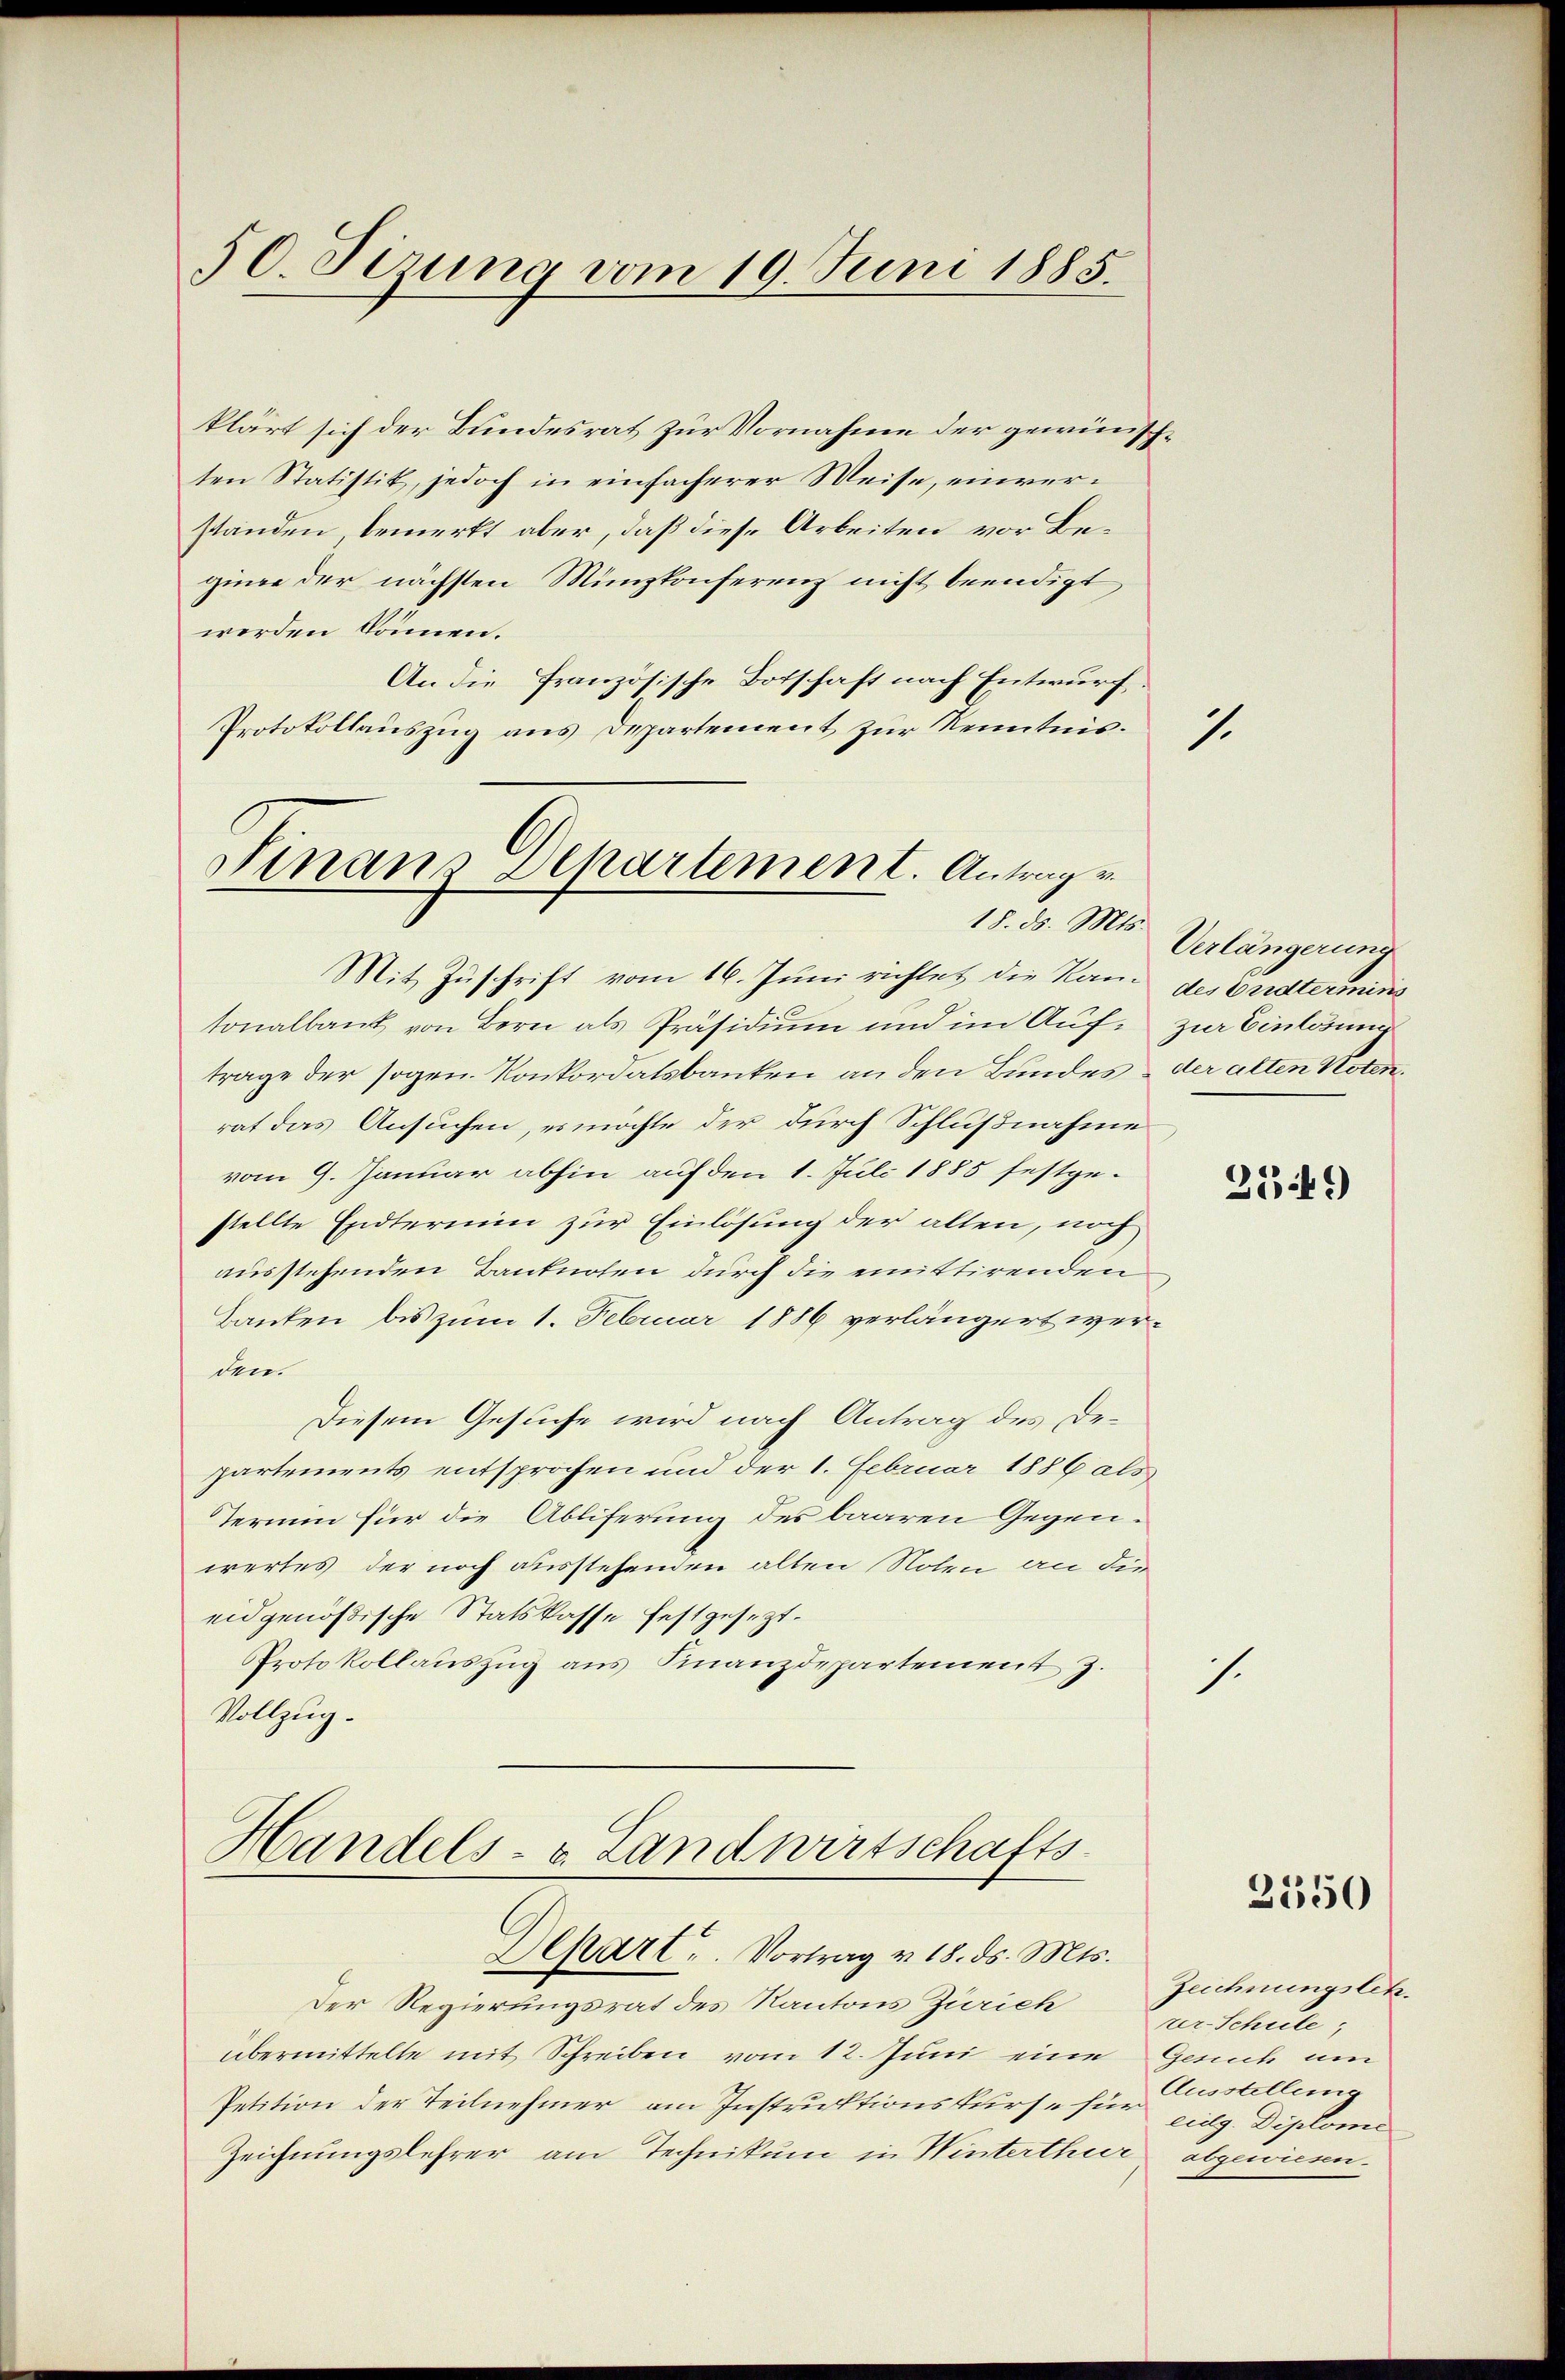
50. Sizung vom 19. Juni 1885.

klärt sich der Bundesrat zur Vornahme der gewünschten Statistik, jedoch in einfacherer Weise, einverständen, bemerkt aber, daß diese Arbeiten vor Beginge der nächsten Münzkonferenz nicht beendigt
werden können.
An die Französische Botschaft nach Entwurf.
Protokollauszug aus Departement zur Kenntnis.

Sinaus Departement. Antrag v
18. ds. Mts.

Mit Zuschrift vom 16. Juni richtet die Ran- des Grdtermins
tonalbank von Bern als Präsidium und im Auf- zur Einlösung
trage der sogen. Konkordatsbanken an den Bundes, der alten Noten,
rat das Ansuchen, es möchte der durch Schlußnahme
vom 9. Januar abhin auf den 1. Juli 1885 festgestellte Endtermin zur Einlösung der alten, noch
ausstehenden Banknoten durch die emittirenden
Banken bis zum 1. Februar 1886 verlängert werden.
Diesem Gesuche wird nach Antrag des Departements entsprochen und der 1. Februar 1886 als
Termin für die Abliferung des baaren Gegenwertes der noch ausstehenden alten Noten an die
eidgenößische Statskasse festgesezt.
Protokollaŭszŭg ans Finanzdepartement z.
Vollzug.

Handels- & Landwirtschafts-
Depart. Vortrag v. 18. ds. Mts.

Der Regierungsrat des Kantons Zürich
übermittelte mit Schreiben vom 12. Juni eine
Petition der Teilnehmer am Instruktionskurse für
Zeichnungslehrer am Technikum in Winterthur abgewiesen.

Verlängerung

1.

.

2149)

3550

Zeichnungslehver Schule
Gesich um
Ausstellung
eidg. Diplome